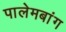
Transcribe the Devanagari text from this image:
पालेमबांग